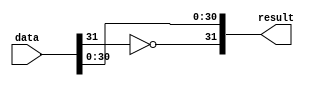
module acl_fp_negate
#(
  // Bit width of a single precision float
  parameter WIDTH=32
)
(
  input  [WIDTH-1:0] data,
  output [WIDTH-1:0] result
);

// Negating the most-significant bit
assign result = { ~data[WIDTH-1], data[WIDTH-2:0] };

endmodule